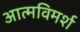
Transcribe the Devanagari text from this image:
आत्मविमर्श